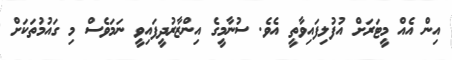
އިން އެއް މީޓަރަށް އުފުލިފައިވާތީ އެވެ. ސުނާމީގެ އިންޒާރުދީފައިވީ ނަމަވެސް މި ގައުމުތަކަށް